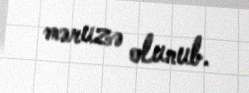
məruzə olunub.